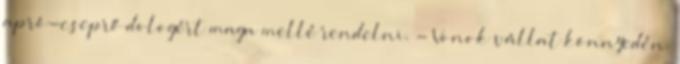
apró-cseprő dologért maga mellé rendelni. - Vonok vállat könnyedén.